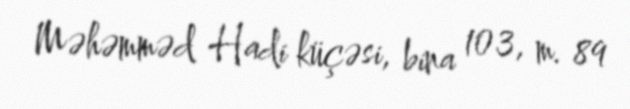
Məhəmməd Hadi küçəsi, bina 103, m. 89